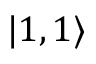
| 1 , 1 \rangle